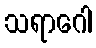
သရာဂေါ